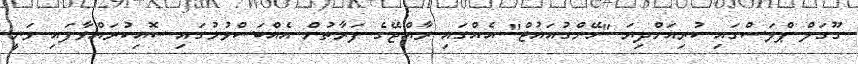
ގޫގަލް ޕްލަސްގައި ކުރިއަށްދިޔަ "ހޭންގުއައުޓް" އެއްގައި ރާއްޖޭގެ ފަރާތުން އެއްބަސްވުމުގައި ސޮއިކުރައްވާފައި ވަނީ